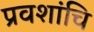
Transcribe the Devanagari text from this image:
प्रवशांचि